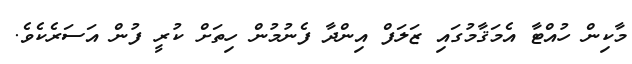
މާކިން ހުއްޓާ އެމަޤާމުގައި ޒަލަފް އިންދާ ފެނުމުން ހިތަށް ކުރީ ފުން އަސަރެކެވެ.